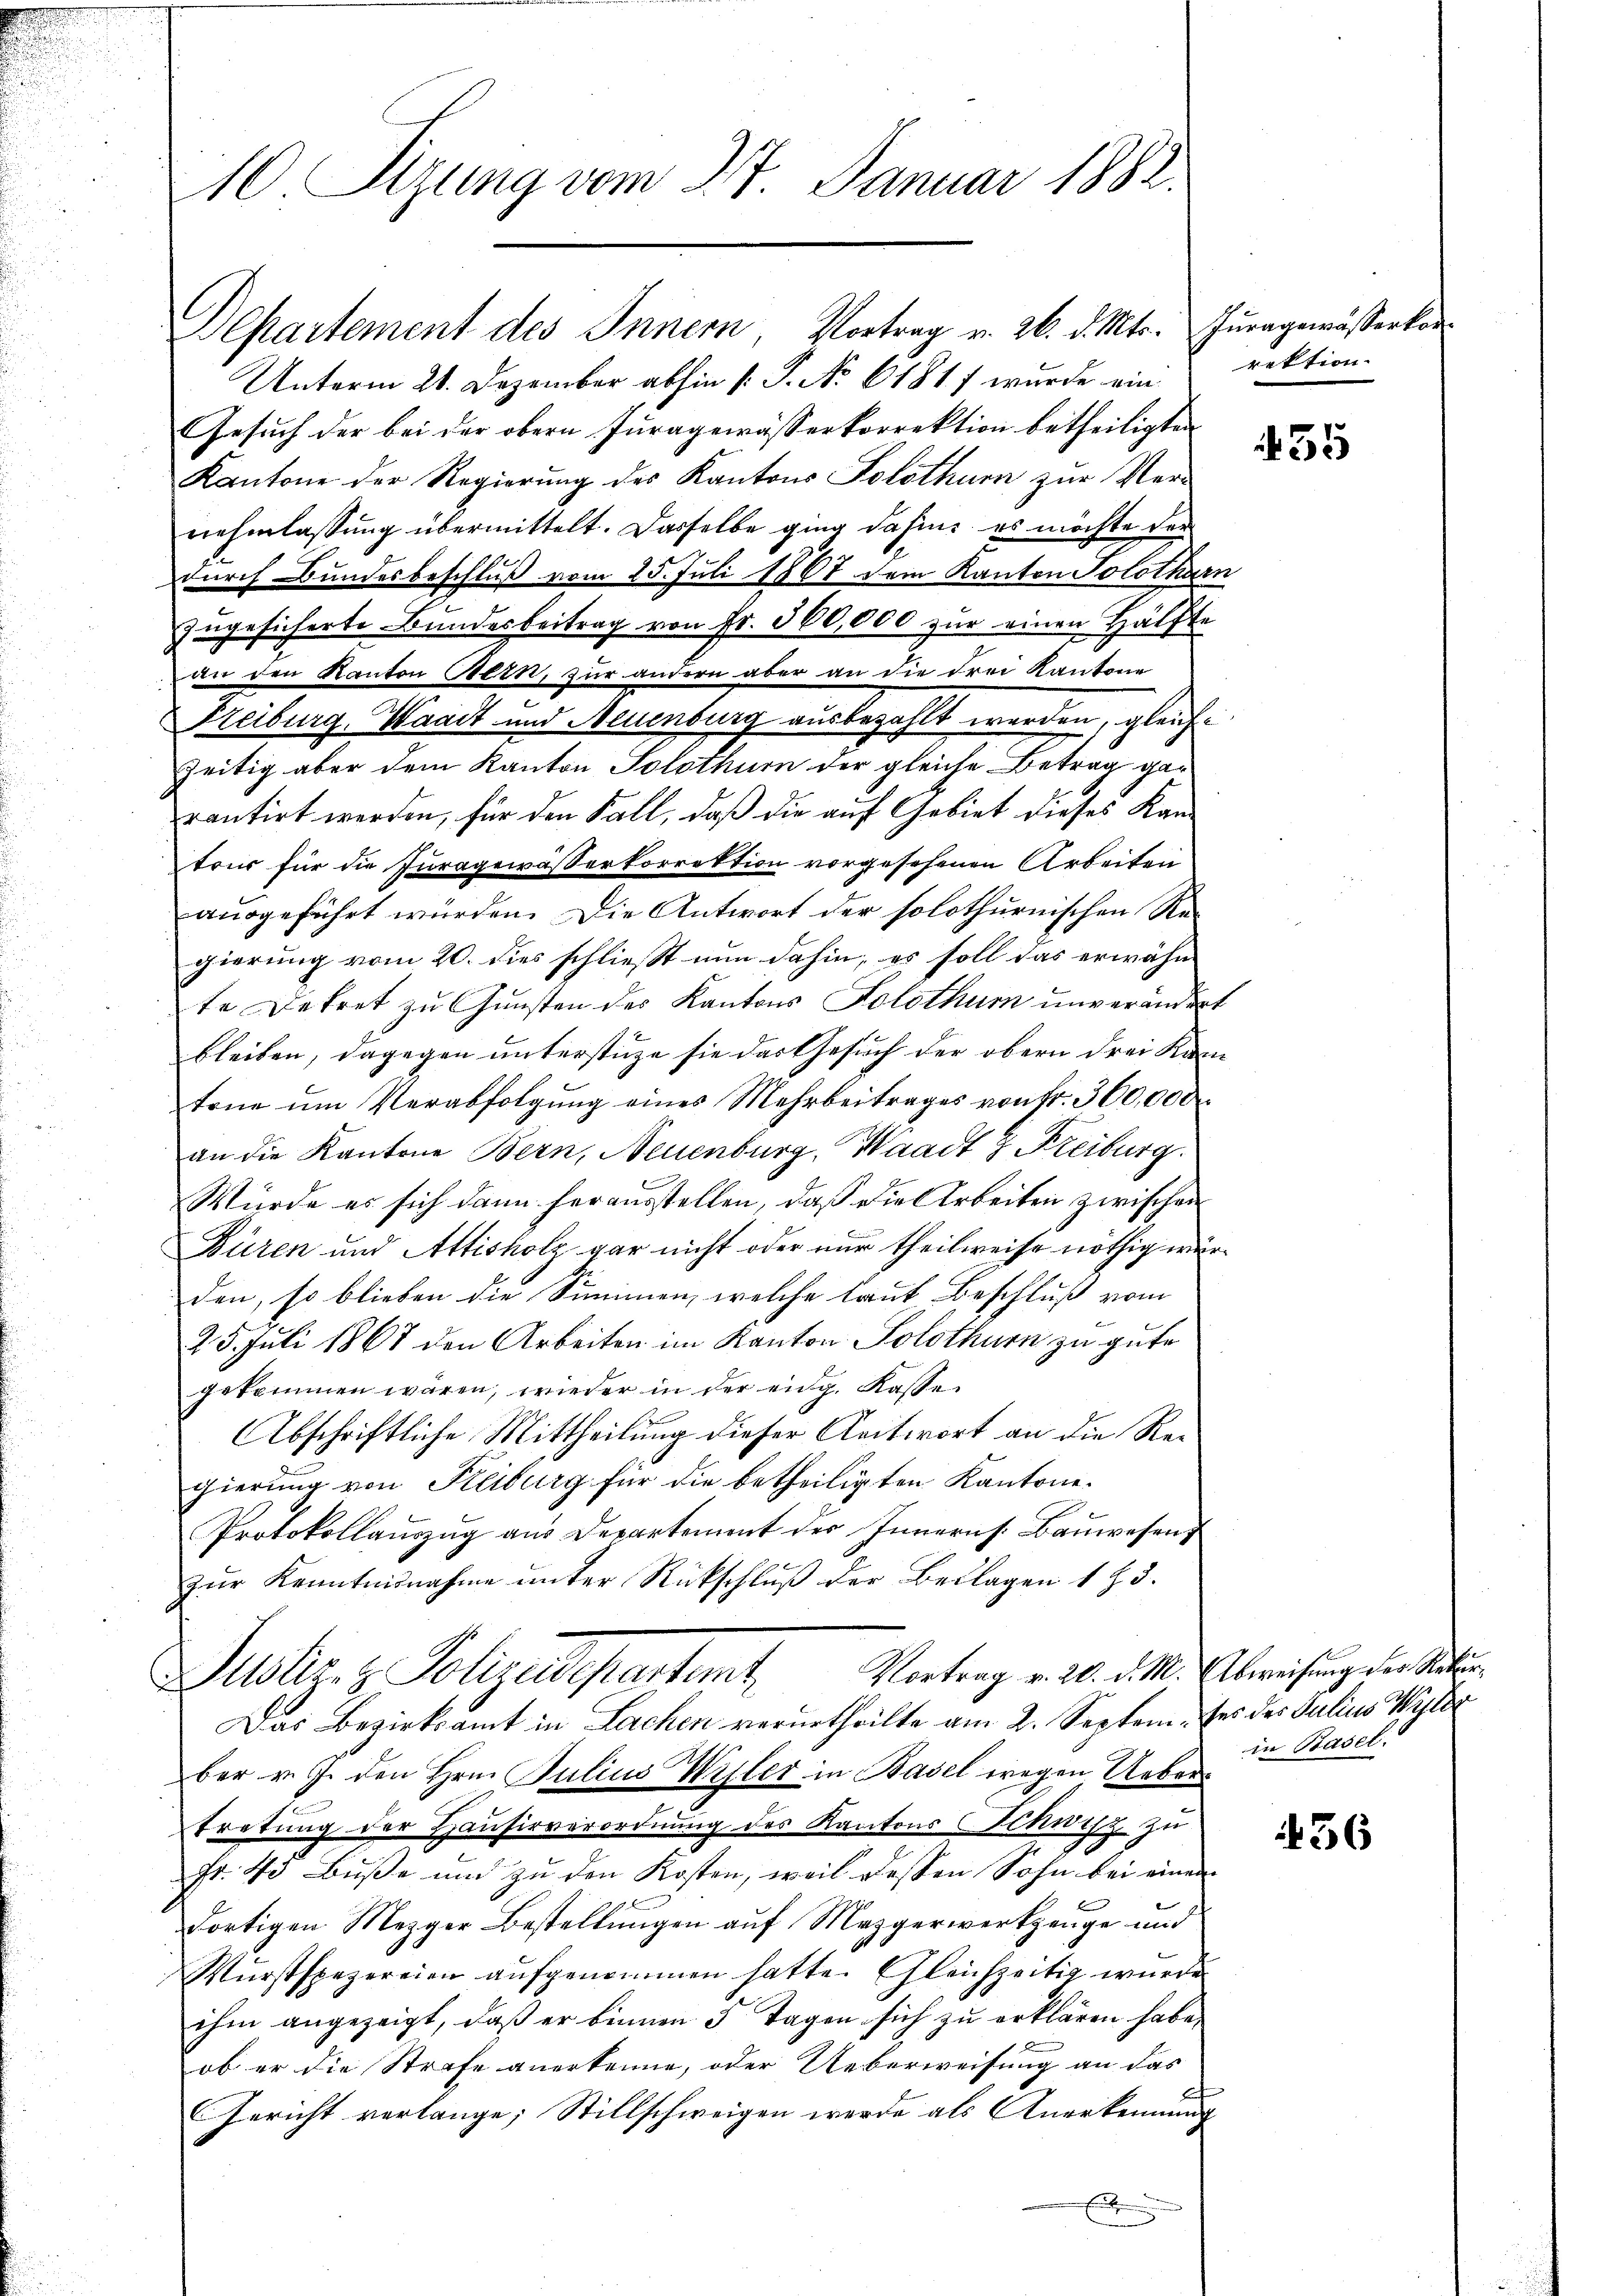
Departement des Innern, Vortrag v. 26. d. Mts. Juragewässerkor¬
Unterm 21. Dezember abhin [S. No 6181f wurde ein rektion
Gesuch der bei der obern Juragewässerkorrektion betheiligten
Kantone der Regierung des Kantons Solothur zur Vernehmlassung übermittelt. Dasselbe ging dahin, es möchte der
durch Bundesbeschluß vom 25. Juli 1867 dem Kanton Solothurn
zugesicherte Bundesbeitrag von Fr. 300,000 zur einen Hälfte
an den Kanton Bern, zur andern aber an die drei Kantone
Freiburg, Waadt und Neuenburg ausbezahlt werden, gleichzeitig aber dem Kanton Solothurn der gleiche Betrag gar
rantirt werden, für den Fall, daß die auf Gebiet dieses Kantrus für die Juragewässerkorrektion vorgesehenen Arbeiten
ausgeführt würden. Die Antwort der solothurnischen Re-
gierung vom 20. dies schließt nun dahin, es soll das erwähn-
te Dekret zu Gunsten des Kantons Solothum unverändert
bleiben, dagegen unterstüze sie das Gesuch der obern drei Kam
tone um Verabfolgung eines Mehrbeitrages von fr. 300,000
an die Kantone Bern, Neuenburg, Waadt 2 Freiburg
Würde es sich dann herausstellen, daß die Arbeiten zwischen
Büren und Attisholz gar nicht oder nur theilweise nöthig würden, so blieben die Summen, welche laut Beschluß vom
25. Juli 1867 den Arbeiten im Kanton Solothurn zu gute
gekommen wären, wieder in der eidg. Kasse
Abschriftliche Mittheilung dieser Antwort an die Regierung von Kiliburg für die betheiligten Kantone.
Protokollauszug aus Departement der Innern s. Bauwesen,
zŭr Kenntnisnahme ŭnter Rückschlŭβ der Beklagen 173.
Vortrag v. 20. d. M. Abweisung der Rekur¬
Justiz- & Polizeidepartent.
Das Bezirksamt in Lachen verurtheilte am 2. Septem, es der Julius Wyler
ber v. J. den Hrn. Julius Wisler in Basel wegen Uebertretung der Hausirverordnung des Kantons Schutz zu
Fr. 45 Buße und zu den Kosten, weil dessen Sohn bei einen
E
dortigen Mezger Bestellungen auf Mezgerwerkzeuge und
Wurst spezereien aufgenommen hatte. Gleichzeitig wurde
ihm angezeigt, daß er binnen 5 Tagen sich zu erklären habe.
ob er die Strafe anerkenne, oder Ueberweisung an das
Gericht verlange; Stillschweigen werde als Anerkennung
E

10. Sizung vom 27. Januar 1882.

55

in Basel.

436